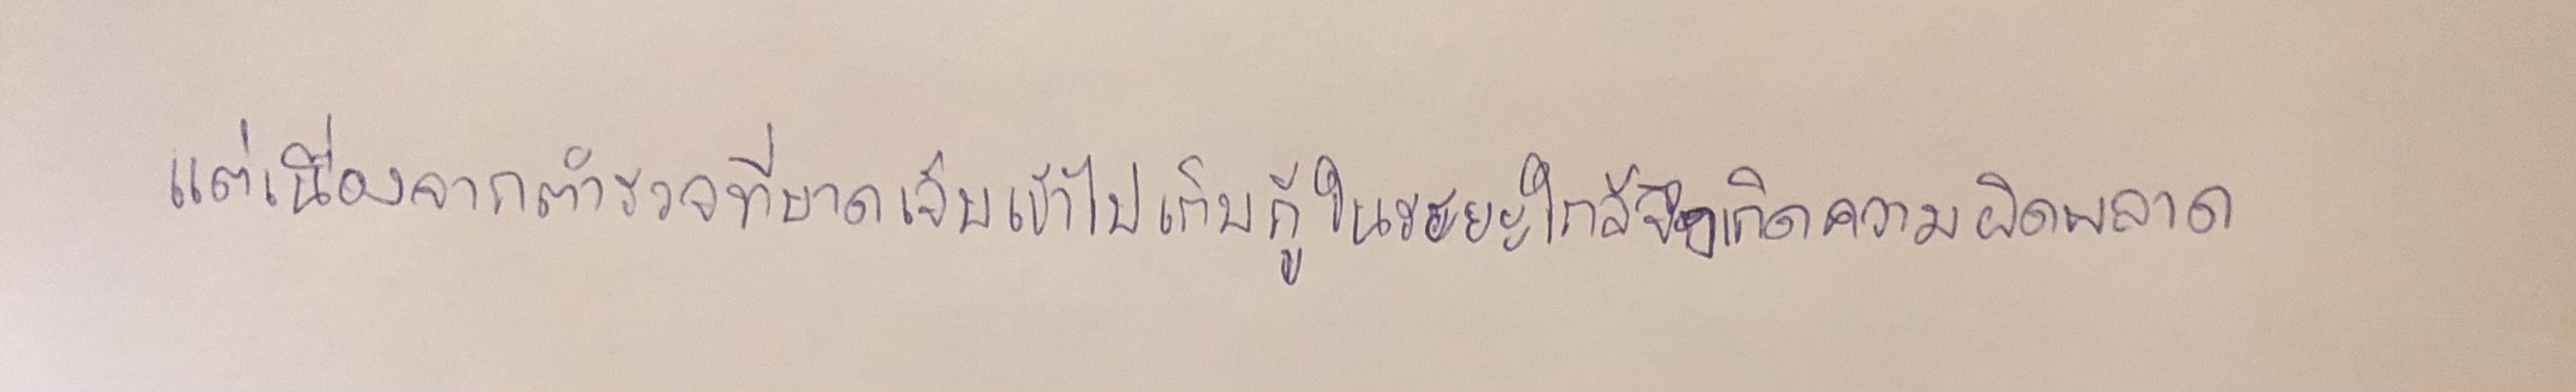
แต่เนื่องจากตำรวจที่บาดเจ็บเข้าไปเก็บกู้ในระยะใกล้จึงเกิดความผิดพลาด